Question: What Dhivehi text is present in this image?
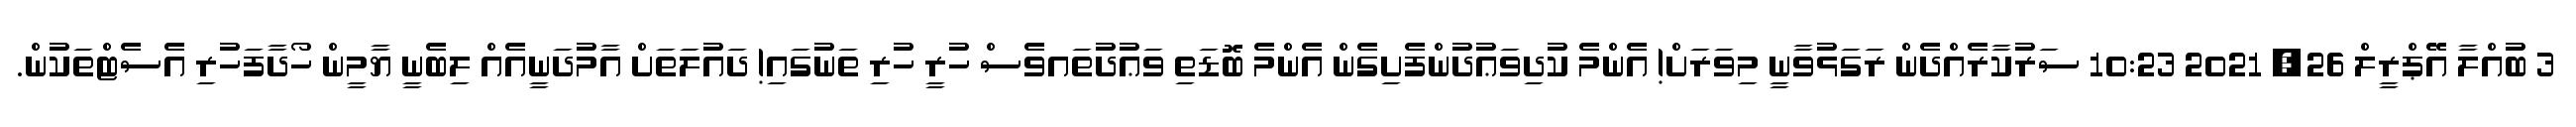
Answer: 3 ބުއްލާ އޭޕްރީލް 26, 2021 10:23 ސަރުކާރެއްދެން ރަގަޅުވާނީ މިވަރަށް! އެންމެ ކުދިވަޢުދުންފެށިގެން އެންމެ ބޮޑަތި ވަޢުދުތައވެސް ހުރީ ހުރި ތަނުގައި! ދައުލަތަށް އާމުދަނީއެއް ލިބެނީ ޔާމީން ހޯދާފަހުރި އެސެޓްތަކުން.